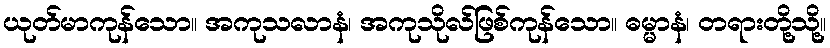
ယုတ်မာကုန်သော။ အကုသလာနံ၊ အကုသိုလ်ဖြစ်ကုန်သော။ ဓမ္မာနံ၊ တရားတို့သို့။